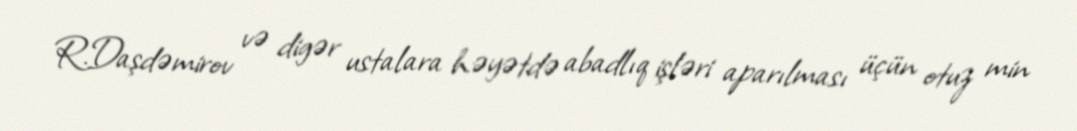
R.Daşdəmirov və digər ustalara həyətdə abadlıq işləri aparılması üçün otuz min